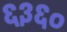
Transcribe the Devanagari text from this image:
६३६०